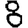
Digit: 8